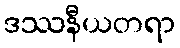
ဒဿနီယတရာ